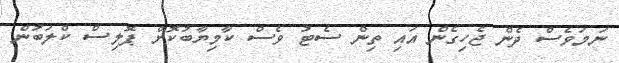
ނަމަވެސް ދެން ޖެހިގެން އައި ތިން ސެޓު ވެސް ކާމިޔާބުކޮށް ޕޮލިސް ކްލަބުން